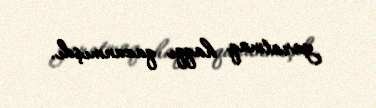
yaratmaq haqqı qazanmışdı.